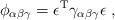
LaTeX: \begin{align*} \phi_{\alpha\beta\gamma} = \epsilon^\mathrm{T}\gamma_{\alpha\beta\gamma}\epsilon~,\end{align*}